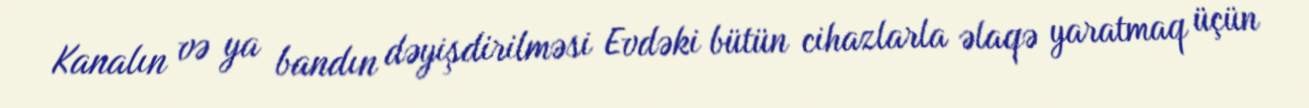
Kanalın və ya bandın dəyişdirilməsi Evdəki bütün cihazlarla əlaqə yaratmaq üçün